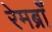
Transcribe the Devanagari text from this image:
रेमब्राँ